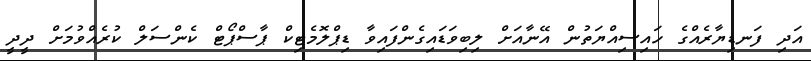
އަދި ފަނޑިޔާރެއްގެ ހައިސިއްޔަތުން އޭނާއަށް ލިބިވަޑައިގެންފައިވާ ޑިޕްލޮމެޓިކް ޕާސްޕޯޓް ކެންސަލް ކުރެއްވުމަށް ދީދީ